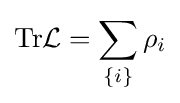
{\mbox{Tr}}{\mathcal {L}}=\sum _{\{i\}}\rho _{i}